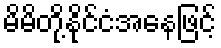
မိမိတို့နိုင်ငံအနေဖြင့်